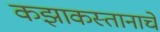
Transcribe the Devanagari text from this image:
कझाकस्तानाचे